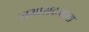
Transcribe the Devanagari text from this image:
सभासदत्वाचा